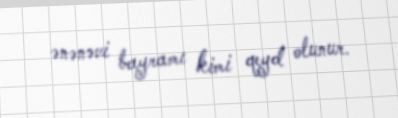
ənənəvi bayramı kimi qeyd olunur.